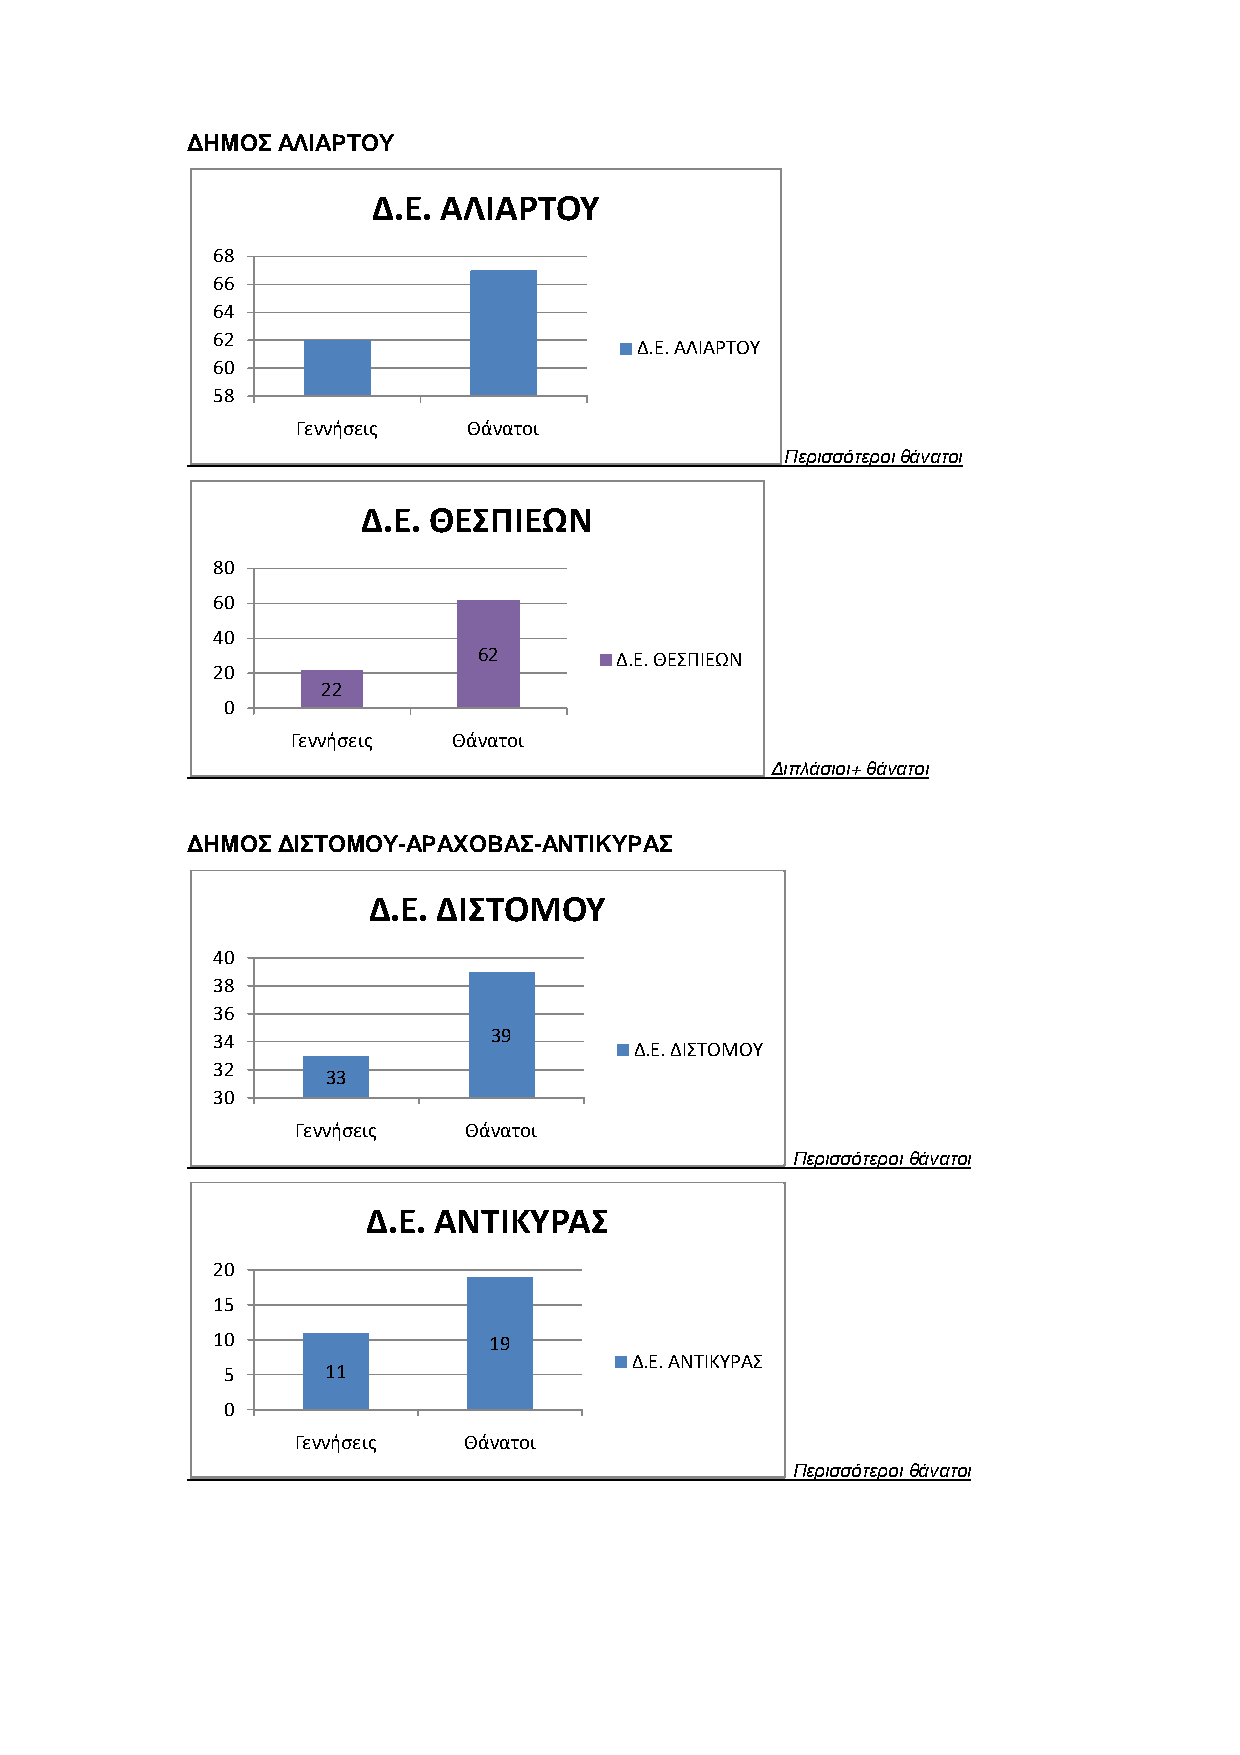
ΔΗΜΟΣ ΑΛΙΑΡΤΟΥ
 Δ.Ε. ΑΛΙΑΡΤΟΥ
 68
 66
 64
 62
 Δ.Ε. ΑΛΙΑΡΤΟΥ
 60
 58
 Γεννήσεις  Θάνατοι
 Περισσότεροι θάνατοι
 Δ.Ε. ΘΕΣΠΙΕΩΝ
 80
 60
 40
 62       Δ.Ε. ΘΕΣΠΙΕΩΝ
 20
 22
 0
 Γεννήσεις  Θάνατοι
 Διπλάσιοι+ θάνατοι
 ΔΗΜΟΣ ΔΙΣΤΟΜΟΥ-ΑΡΑΧΟΒΑΣ-ΑΝΤΙΚΥΡΑΣ
 Δ.Ε. ΔΙΣΤΟΜΟΥ
 40
 38
 36
 34                39
 Δ.Ε. ΔΙΣΤΟΜΟΥ
 32
 33
 30
 Γεννήσεις  Θάνατοι
 Περισσότεροι θάνατοι
 Δ.Ε. ΑΝΤΙΚΥΡΑΣ
 20
 15
 10                19
 Δ.Ε. ΑΝΤΙΚΥΡΑΣ
 5      11
 0
 Γεννήσεις   Θάνατοι
 Περισσότεροι θάνατοι